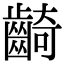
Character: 齮